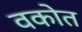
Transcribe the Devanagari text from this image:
वकोत